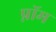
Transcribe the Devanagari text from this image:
प्नॉम